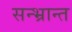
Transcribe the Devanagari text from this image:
सन्भ्रान्त